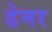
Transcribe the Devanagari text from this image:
डेमर